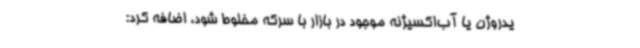
یدروژن یا آب‌اکسیژنه موجود در بازار با سرکه مخلوط شود، اضافه کرد: